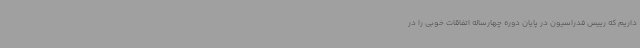
داریم که رییس فدراسیون در پایان دوره چهارساله اتفاقات خوبی را در